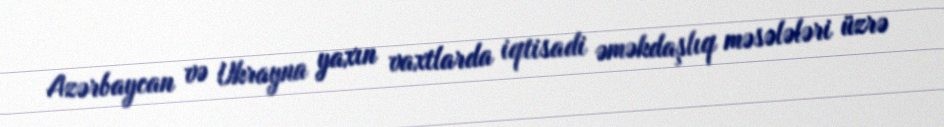
Azərbaycan və Ukrayna yaxın vaxtlarda iqtisadi əməkdaşlıq məsələləri üzrə